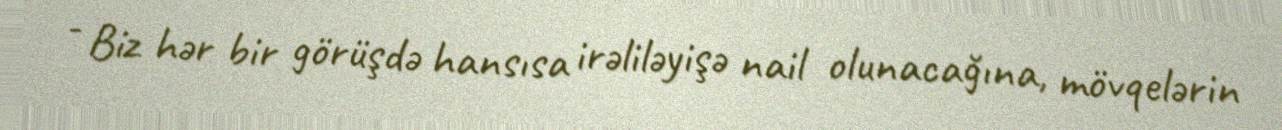
- Biz hər bir görüşdə hansısa irəliləyişə nail olunacağına, mövqelərin